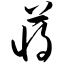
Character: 蒋